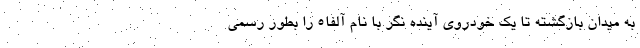
به میدان بازگشته تا یک خودروی آینده نگر با نام آلفا5 را بطور رسمی